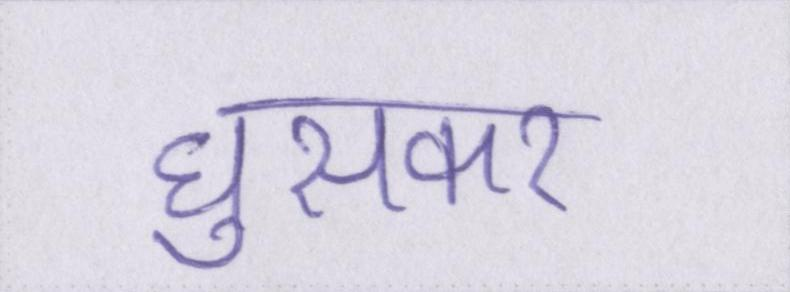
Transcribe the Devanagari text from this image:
घुसकर